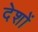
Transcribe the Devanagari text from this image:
देशों